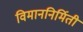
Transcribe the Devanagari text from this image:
विमाननिर्मिती